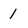
Character: 1